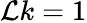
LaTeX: \mathcal{L}k=1